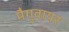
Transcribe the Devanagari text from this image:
मैगुवायर